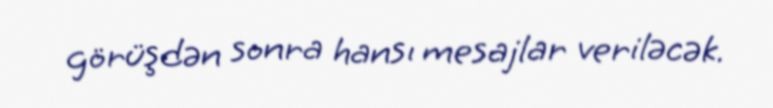
görüşdən sonra hansı mesajlar veriləcək.